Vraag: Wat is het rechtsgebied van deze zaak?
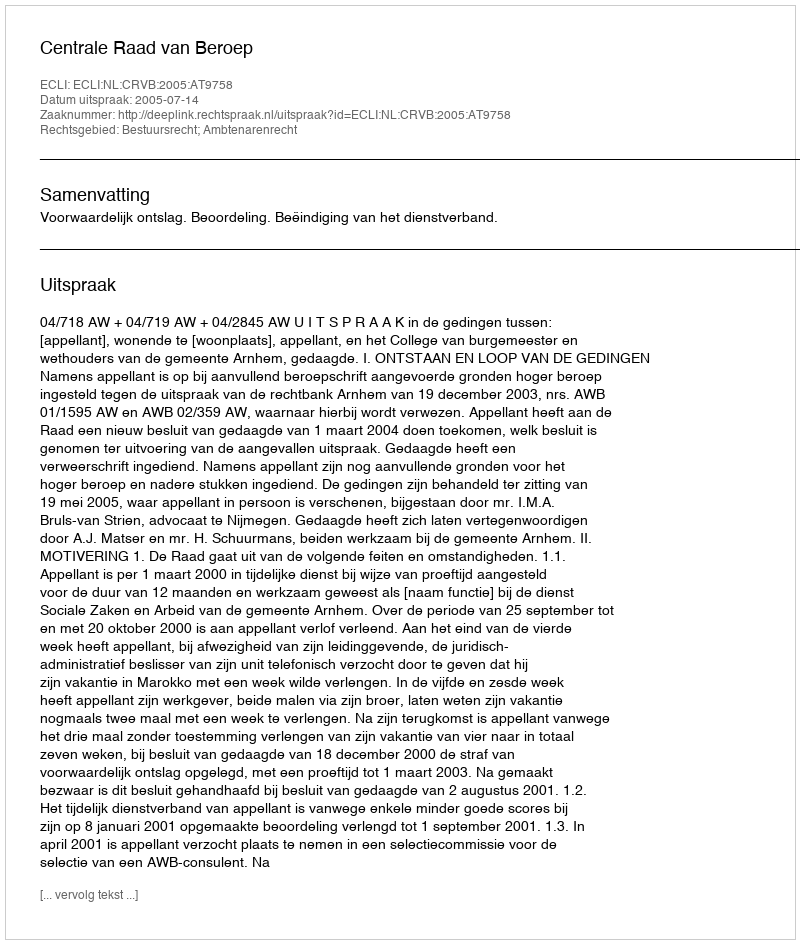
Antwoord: Bestuursrecht; Ambtenarenrecht